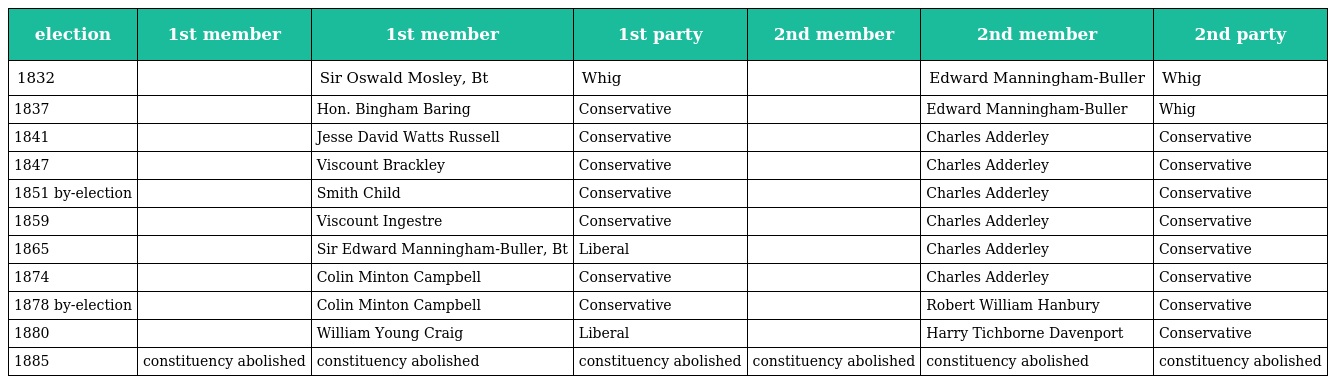
| election | 1st member | 1st member | 1st party | 2nd member | 2nd member | 2nd party |
 | --- | --- | --- | --- | --- | --- | --- |
 | 1832 |  | Sir Oswald Mosley, Bt | Whig |  | Edward Manningham-Buller | Whig |
 | 1837 |  | Hon. Bingham Baring | Conservative |  | Edward Manningham-Buller | Whig |
 | 1841 |  | Jesse David Watts Russell | Conservative |  | Charles Adderley | Conservative |
 | 1847 |  | Viscount Brackley | Conservative |  | Charles Adderley | Conservative |
 | 1851 by-election |  | Smith Child | Conservative |  | Charles Adderley | Conservative |
 | 1859 |  | Viscount Ingestre | Conservative |  | Charles Adderley | Conservative |
 | 1865 |  | Sir Edward Manningham-Buller, Bt | Liberal |  | Charles Adderley | Conservative |
 | 1874 |  | Colin Minton Campbell | Conservative |  | Charles Adderley | Conservative |
 | 1878 by-election |  | Colin Minton Campbell | Conservative |  | Robert William Hanbury | Conservative |
 | 1880 |  | William Young Craig | Liberal |  | Harry Tichborne Davenport | Conservative |
 | 1885 | constituency abolished | constituency abolished | constituency abolished | constituency abolished | constituency abolished | constituency abolished |